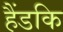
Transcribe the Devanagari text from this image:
हैंडकि